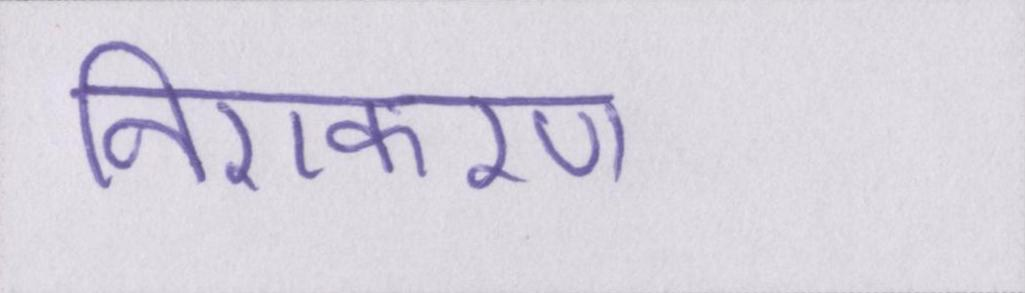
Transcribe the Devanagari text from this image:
निराकरण